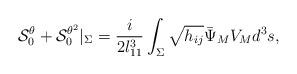
LaTeX: \begin{align*}{\cal S}^\theta_0+{\cal S}^{\theta^2}_0|_\Sigma={i\over2l_{11}^3}\int_\Sigma\sqrt{h_{ij}}{\bar\Psi}_MV_M d^3s,\end{align*}